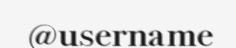
@username